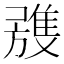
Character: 𲉭